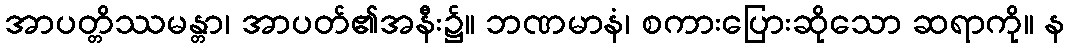
အာပတ္တိဿမန္တာ၊ အာပတ်၏အနီး၌။ ဘဏမာနံ၊ စကားပြေားဆိုသော ဆရာကို။ န